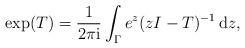
LaTeX: \begin{align*} \exp(T) = \frac{1}{2\pi \mathrm{i}} \int_\Gamma e^z (zI - T)^{-1} \,\mathrm{d}z,\end{align*}